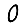
Digit: 0